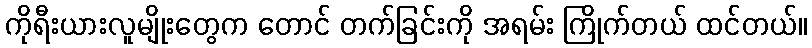
ကိုရီးယားလူမျိုးတွေက တောင် တက်ခြင်းကို အရမ်း ကြိုက်တယ် ထင်တယ်။